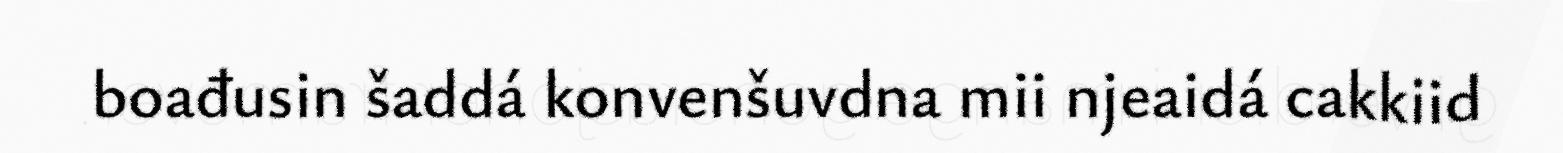
boađusin šaddá konvenšuvdna mii njeaidá cakkiid